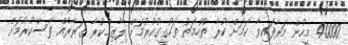
40000 މީހުން މަރާފައިވާ ކަމަށް ކުރާ ތުހުމަތު ތަހުގީގުކުރުމަށް ލާޒިމްކުރާ ގަރާރެއް ފާސްކުރުމަށް